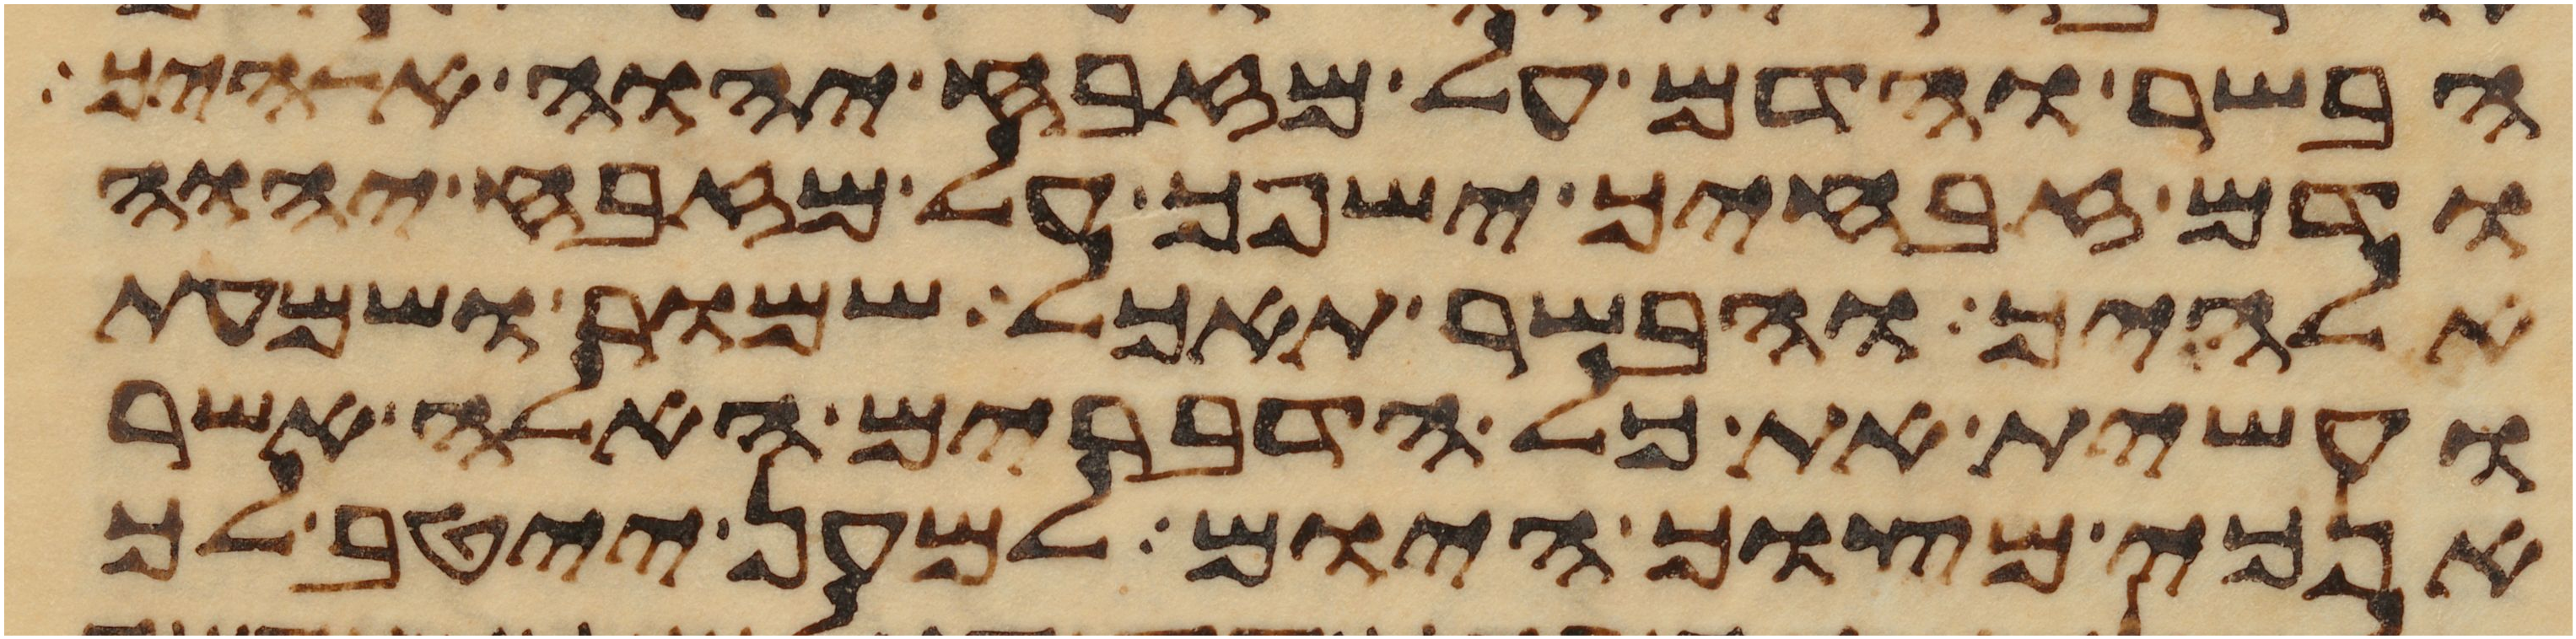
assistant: הבשר והדם על מזבח יהוה אלהיך
ודם זבחיך ישפך על מזבח יהוה
אלהיך והבשר תאכל שמור ושמעת
ועשית את כל הדברים האלה אשר
אנכי מצוך היום למען ייטב לך